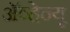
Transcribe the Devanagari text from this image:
अॅव्हेन्यू